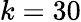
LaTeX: k=30